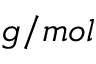
g / m o l